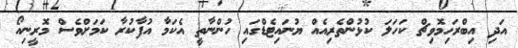
އަދި އިބްރަހިމޮވިޗް ކަހަލަ ކުޅުންތެރިއެއް ޔުނައިޓެޑްގައި ހުންނާތީ އެކަމާ އުފާކުރާ ކަމަށްވެސް މޮރީނިއޯ